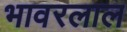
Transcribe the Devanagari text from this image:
भावरलाल